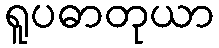
ရူပဓာတုယာ